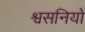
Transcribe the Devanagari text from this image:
श्वसनियों